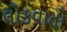
લોકવાતો